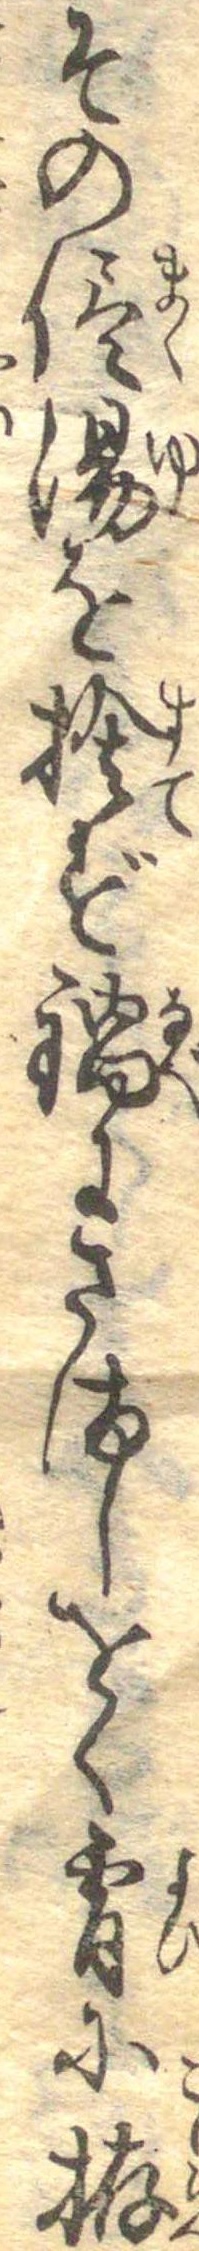
その侭湯を捨ず鍋にさましをく宵に拵